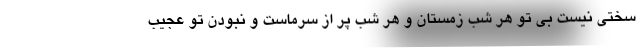
سختی نیست بی‌ تو هر شب زمستان و هر شب پر از سرماست و نبودنِ تو عجیب